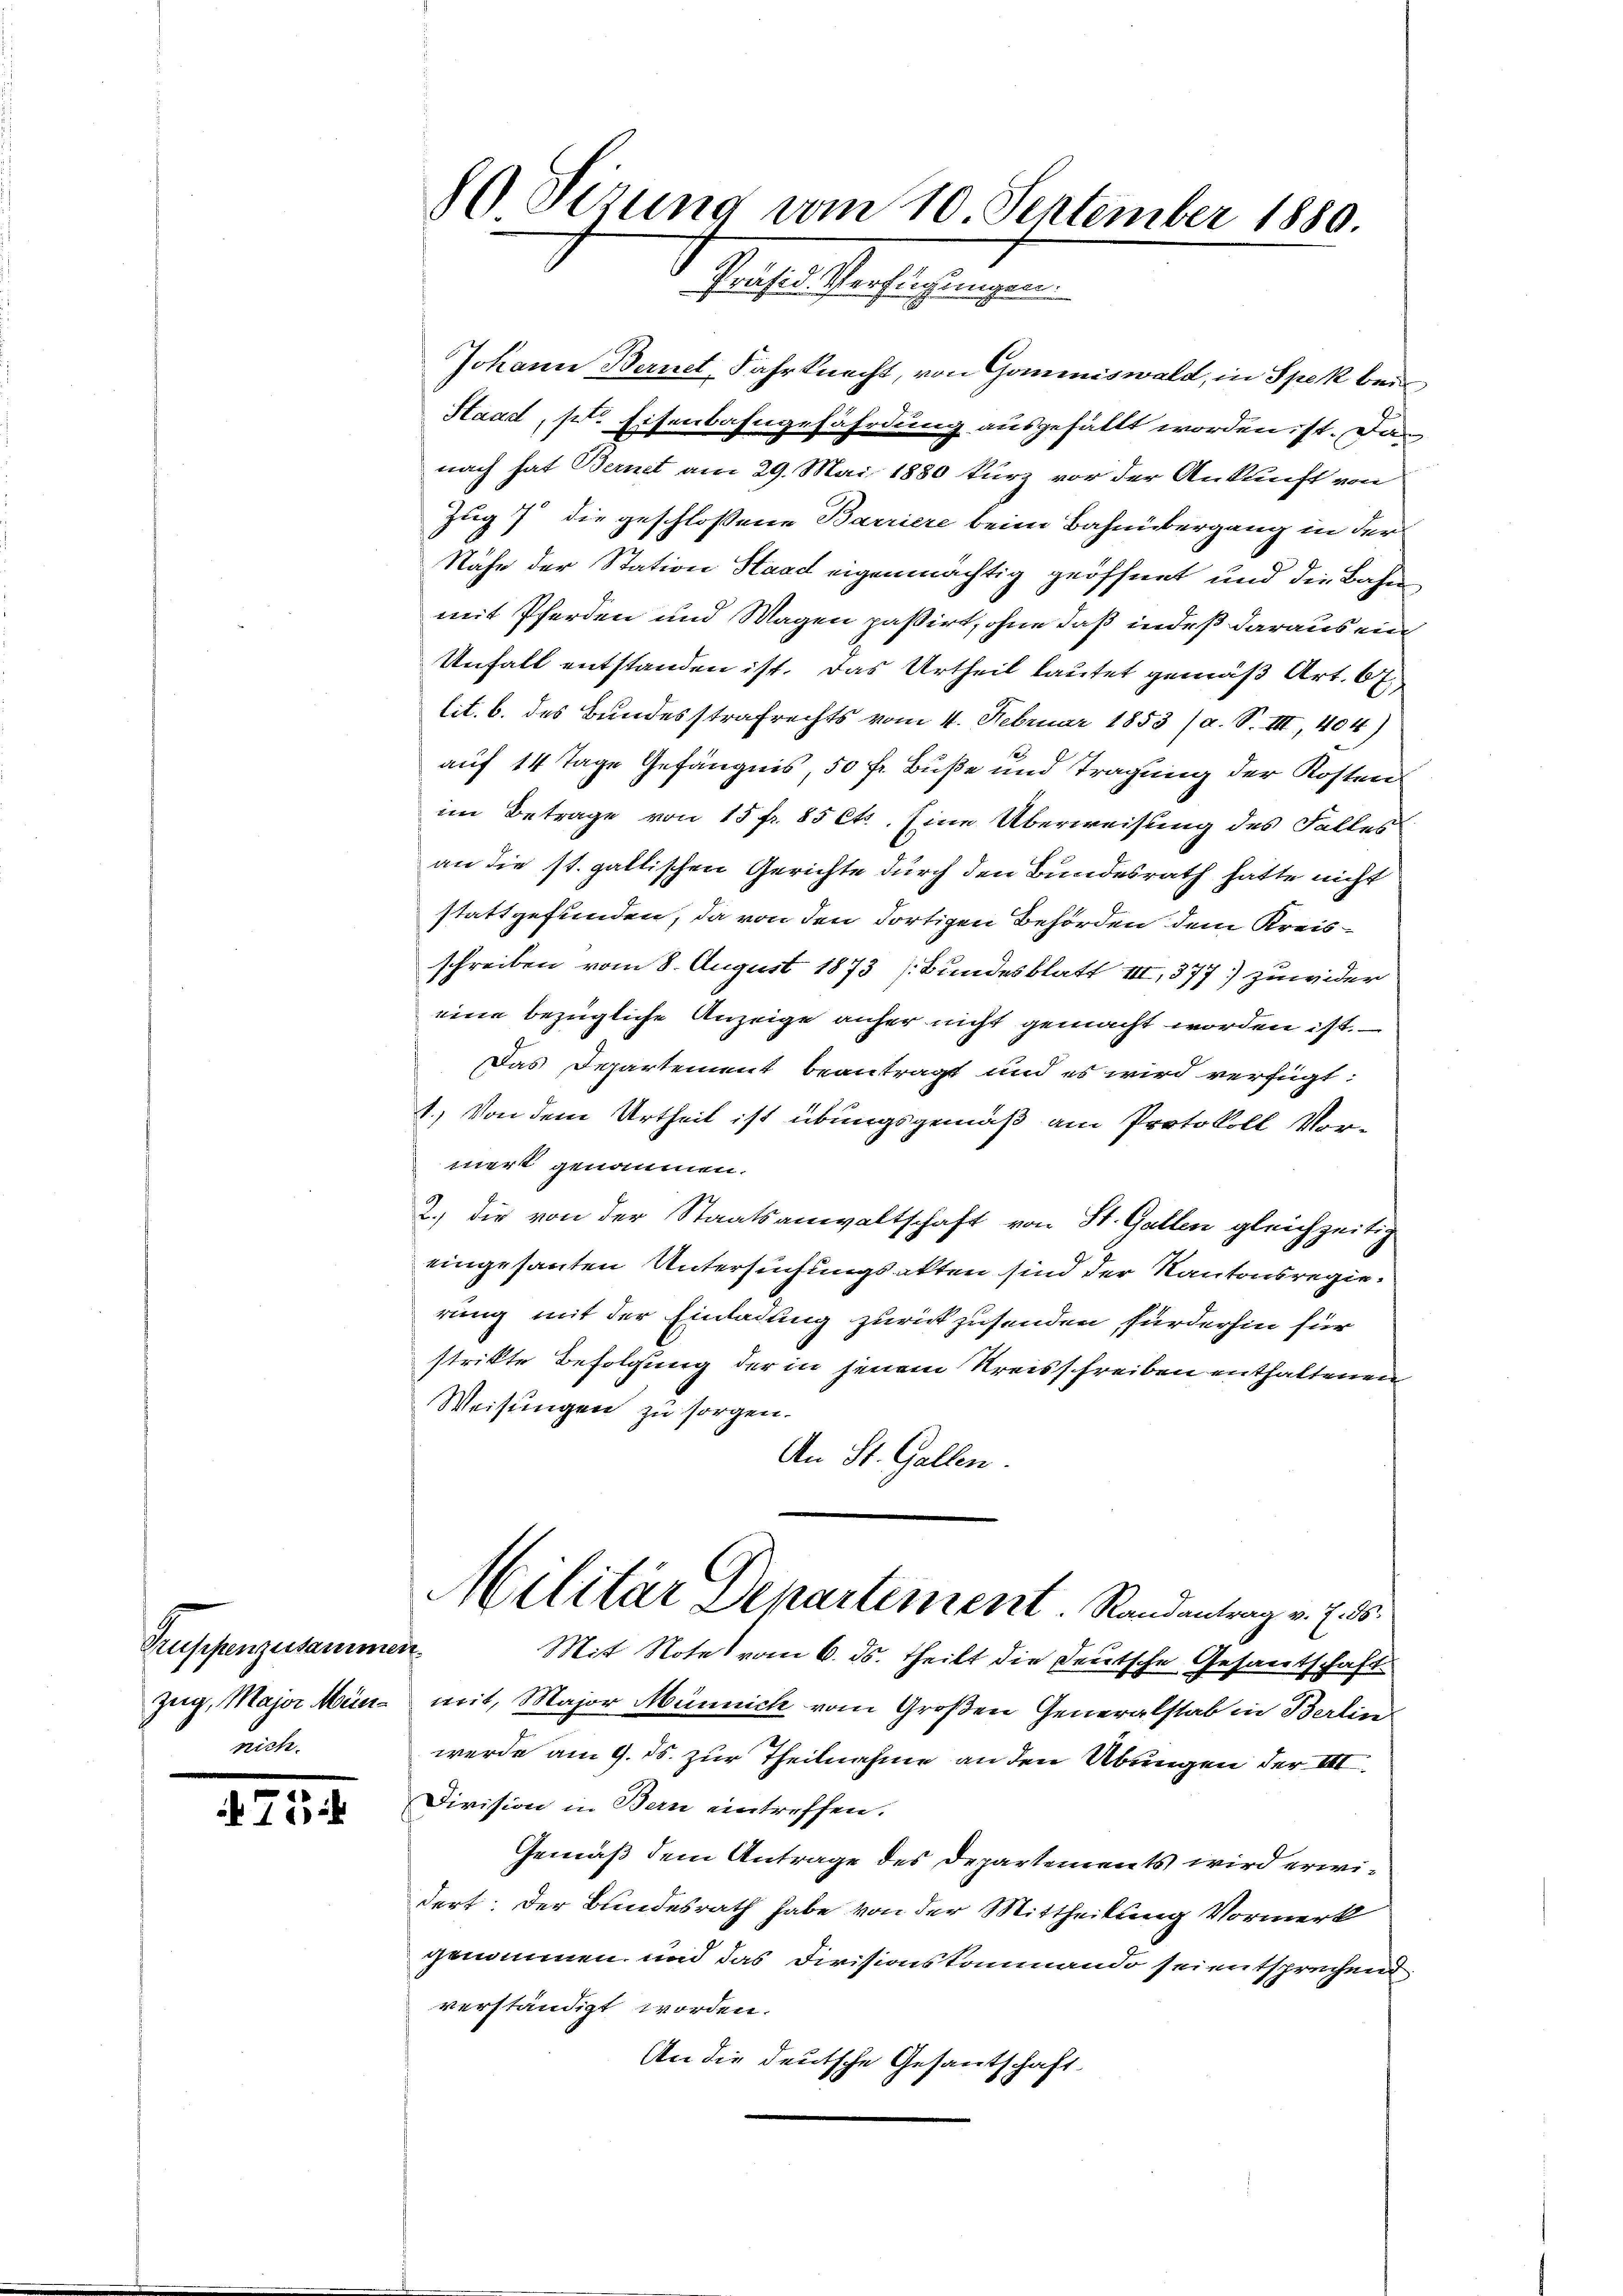
Gruppenzusammen
t.

71

Johann Bernet Fahrknecht, von Gommiswald, in Spek bei
Haad, s. Eisenbahngefährdung ausgefällt worden, st. Das
nach hat Bernet am 29. Mai 1880 kurz vor der Ankunft von
Zug 7 die geschlossene Barriere beim Bahnübergang in der
Nähe der Station Stand eigenmächtig geöffnet und die Bahn
mit Pferden und Wagen passirt, ohne daß indeß daraus ein
Unfall entstanden ist. Das Urtheil lautet gemäß Art. 67,
lit. b. des Bundesstrafrechts vom 4. Februar 1853 (a. S. III, 404)
auf 14 Tage Gefängnis, 50 fr. Buße und Tragung der Kosten
im Betrage von 15 fr. 85 Cts. Eine Überweisung des Falles
an die st. gallischen Gerichte durch den Bundesrath hatte nicht
stattgefunden, da von den dortigen Behörden dem Kreisschreiben vom 8. August 1873 (Bundesblatt III, 377) zuwider
eine bezügliche Anzeige anher nicht gemacht worden ist.
Das Departement beantragt und es wird verfügt:
1.) Von dem Urtheil ist übungsgemäß am Protokoll Vornert genommen.
2.) Die von der Staatsanwaltschaft von St. Gallen gleichzeitig
eingesanten Untersuchungsakten sind der Kantonsregierung mit der Einladung zurückzusenden fürderhin für
strikte Befolgung der in jenem Kreisschreiben enthaltenen
Weisungen zu sorgen.
An St. Gallen.
Militär Departement. Randantrag v. 7. 55.
Mit Note vom 6. ds. theilt die deutsche Gesantschaft
Zug, Major Münz mit, Major Münnich vom Großen Generalstab in Berlin
werde am 9. ds. zur Theilnahme an den Übungen der III.
Division in Bern eintreffen.
Gemäß dem Antrage des Departements wird erwidert: Der Bundesrath habe von der Mittheilung Vormerk
genommen und das Divisionskommando sei entsprechend
verständigt worden.
An die deutsche Gesantschaft.

80. Sitzung vom 10. September 1880.
Präsid. Verfügungen.